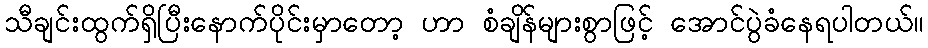
သီချင်းထွက်ရှိပြီးနောက်ပိုင်းမှာတော့ ဟာ စံချိန်များစွာဖြင့် အောင်ပွဲခံနေရပါတယ်။